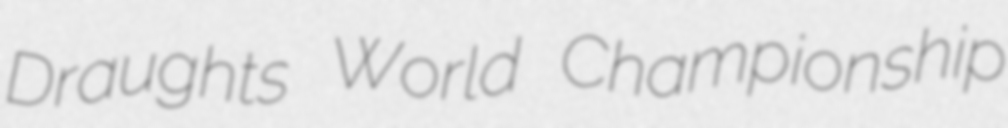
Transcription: Draughts World Championship